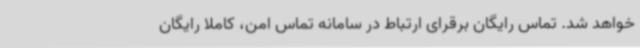
خواهد شد. تماس رایگان برقرای ارتباط در سامانه تماس امن، کاملاً رایگان